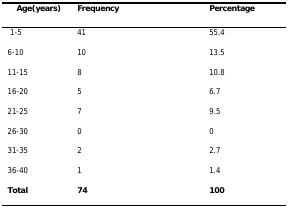
| Age(years) | Frequency | Percentage |
 | --- | --- | --- |
 | 1–5 | 41 | 55.4 |
 | 6–10 | 10 | 13.5 |
 | 11–15 | 8 | 10.8 |
 | 16–20 | 5 | 6.7 |
 | 21–25 | 7 | 9.5 |
 | 26–30 | 0 | 0 |
 | 31–35 | 2 | 2.7 |
 | 36–40 | 1 | 1.4 |
 | Total | 74 | 100 |